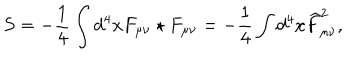
S = - \frac 1 4 \int d ^ { 4 } x F _ { \mu \nu } \star F _ { \mu \nu } = - \frac 1 4 \int d ^ { 4 } x \widehat { F } _ { \mu \nu } ^ { 2 } ,